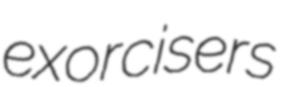
exorcisers